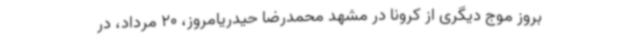
بروز موج دیگری از کرونا در مشهد محمدرضا حیدریامروز، 20 مرداد، در